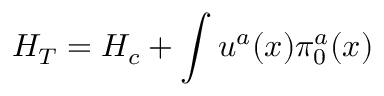
H _ { T } = H _ { c } + \int u ^ { a } ( x ) \pi _ { 0 } ^ { a } ( x )